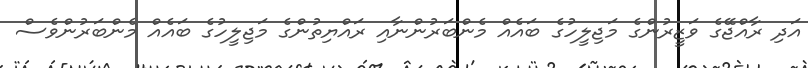
އަދި ރާއްޖޭގެ ވަޒީރުންގެ މަޖިލީހުގެ ބައެއް މެންބަރުންނާއި ރައްޔިތުންގެ މަޖިލީހުގެ ބައެއް މެންބަރުންވެސް